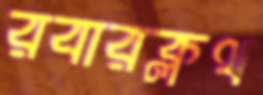
রবারক্লথ